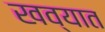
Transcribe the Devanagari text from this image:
खव्यात